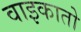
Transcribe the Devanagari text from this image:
वाइकातो